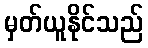
မှတ်ယူနိုင်သည်